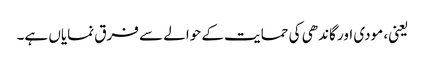
یعنی، مودی اور گاندھی کی حمایت کے حوالے سے فرق نمایاں ہے۔